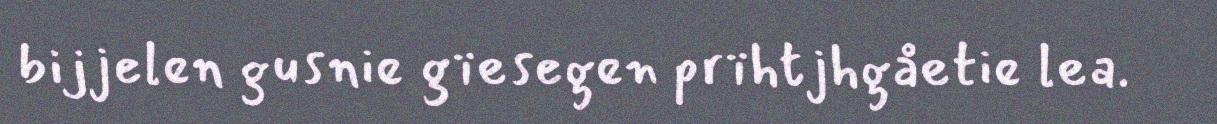
bijjelen gusnie gïesegen prïhtjhgåetie lea.